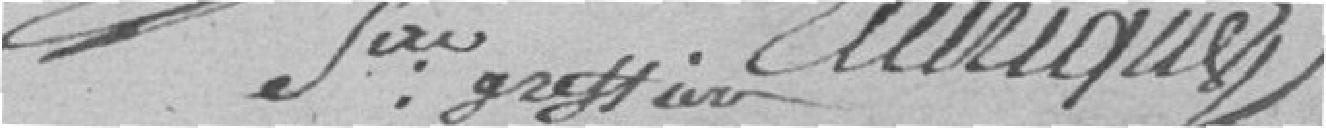
par EllIrique greffier